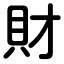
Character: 財